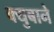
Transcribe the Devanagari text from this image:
क्युबाने